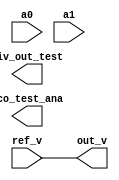
module pll(input [0:0] ref_v,
           output [0:0] div_out_test,
           input [0:0] a0, 
           input [0:0] a1,
           output [0:0] vco_test_ana, 
           output [0:0] out_v);
  /* fake PLL */
  assign out_v = ref_v;
endmodule